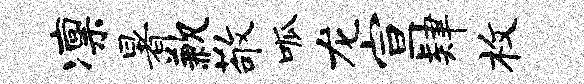
凛暑歉敬呱龙宣肄枚